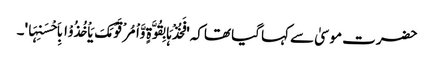
حضرت موسیٰ سے کہا گیا تھاکہ 'فَخُذْہَا بِقُوَّۃٍ وَّاْمُرْ قَوْمَکَ یَاْخُذُوْا بِاَحْسَنِہَا'۔